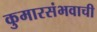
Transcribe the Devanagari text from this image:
कुमारसंभवाची